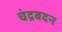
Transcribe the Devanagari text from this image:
चंद्रबदन